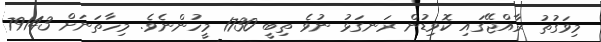
މިވަގުތު ރާއްޖޭގައި ކޮވިޑުން ރަނގަޅު ނުވެ ތިބީ 1730 މީހުންނެވެ. މިހާތަނަށް 79143